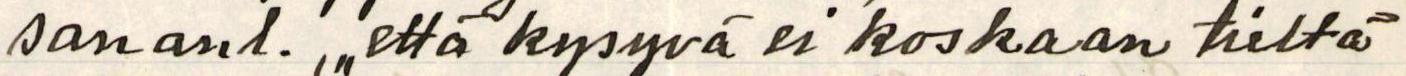
sananl. , ,,että kysyvä ei koskaan tieltä